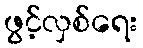
ဖွင့်လှစ်ရေး